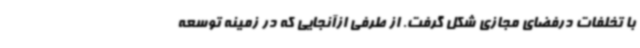
با تخلفات درفضای مجازی شکل گرفت. از طرفی ازآنجایی که در زمینه توسعه